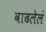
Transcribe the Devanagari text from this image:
वाढलेलं